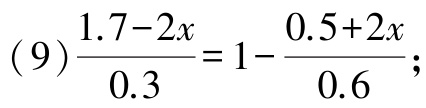
(9)$\frac{1.7 - 2x}{0.3} = 1 - \frac{0.5 + 2x}{0.6}$;